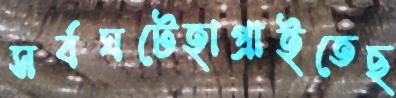
সর্বঘটেহাপ্‌রাইতেছ